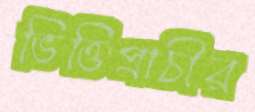
ভিত্তিপ্রাচীর